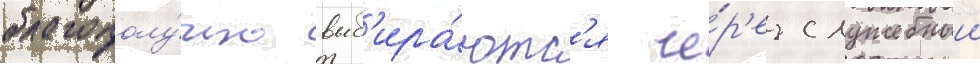
благополу́чно выб'ира́ютс'я че́р'ез служебныи